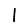
Digit: 1